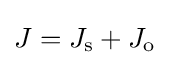
J=J_{\text{s}}+J_{\text{o}}